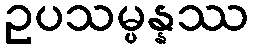
ဥပသမ္ပန္နဿ